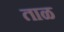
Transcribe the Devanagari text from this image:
ताळ